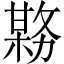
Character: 𫯊